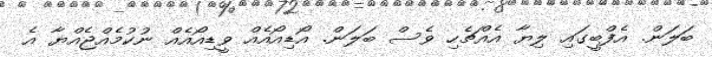
ބަލަން. އެފްބީގައި ލިޔާ އެއްޗެހި ވެސް ބަލަން. އޯޑިއޯއެއް ވީޑިއޯއެއް ނުކުމެއްޖެއްޔާ އެ